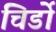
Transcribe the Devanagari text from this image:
चिर्डो